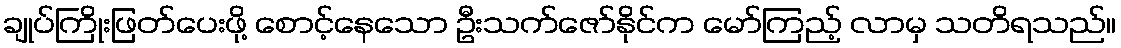
ချုပ်ကြိုးဖြတ်ပေးဖို့ စောင့်နေသော ဦးသက်ဇော်နိုင်က မော်ကြည့် လာမှ သတိရသည်။